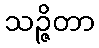
သဉ္ဇိတာ